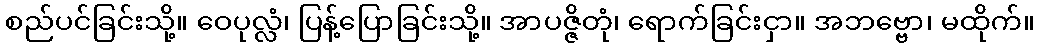
စည်ပင်ခြင်းသို့။ ဝေပုလ္လံ၊ ပြန့်ပြောခြင်းသို့။ အာပဇ္ဇိတုံ၊ ရောက်ခြင်းငှာ။ အဘဗ္ဗော၊ မထိုက်။